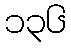
၁၃၆